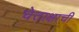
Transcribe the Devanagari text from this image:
चेताक्षाची